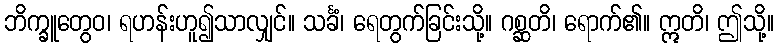
ဘိက္ခူတွေဝ၊ ရဟန်းဟူ၍သာလျှင်။ သင်္ခံ၊ ရေတွက်ခြင်းသို့။ ဂစ္ဆတိ၊ ရောက်၏။ ဣတိ၊ ဤသို့။